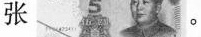
张。